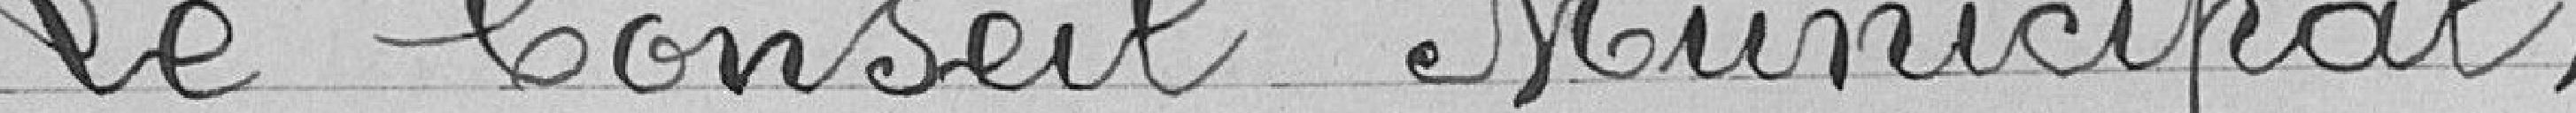
Le Conseil Municipal